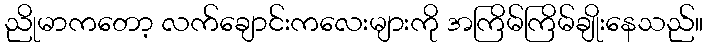
ညိုမာကတော့ လက်ချောင်းကလေးများကို အကြိမ်ကြိမ်ချိုးနေသည်။